画像に写った文字を読んでください
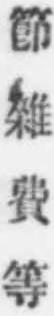
「節雜費等」と書いてあります